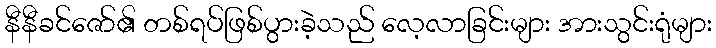
နီနီခင်ဇော်၏ တစ်ရပ်ဖြစ်ပွားခဲ့သည် လေ့လာခြင်းများ အားသွင်းရုံများ